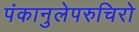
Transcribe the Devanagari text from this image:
पंकानुलेपरुचिरो